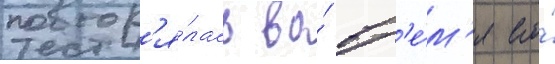
повтор'я́лась во́ вр'е́м'я его́